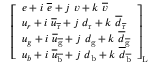
{ \left[ \begin{array} { l } { e + i \ { \overline { { e } } } + j \ v + k \ { \overline { { v } } } } \\ { u _ { r } + i \ { \overline { { u } } } _ { \mathrm { \overline { { r } } } } + j \ d _ { \mathrm { r } } + k \ { \overline { { d } } } _ { \mathrm { \overline { { r } } } } } \\ { u _ { g } + i \ { \overline { { u } } } _ { \mathrm { \overline { { g } } } } + j \ d _ { \mathrm { g } } + k \ { \overline { { d } } } _ { \mathrm { \overline { { g } } } } } \\ { u _ { b } + i \ { \overline { { u } } } _ { \mathrm { \overline { { b } } } } + j \ d _ { \mathrm { b } } + k \ { \overline { { d } } } _ { \mathrm { \overline { { b } } } } } \end{array} \right] } _ { \mathrm { L } }